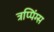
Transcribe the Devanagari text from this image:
त्रप्पिंग्स